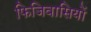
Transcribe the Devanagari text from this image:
फिजिवासियों